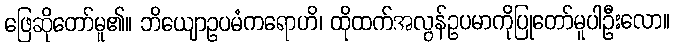
ဖြေဆိုတော်မူ၏။ ဘိယျောဥပမံကရောဟိ၊ ထိုထက်အလွန်ဥပမာကိုပြုတော်မူပါဦးလော။